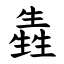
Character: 㽓